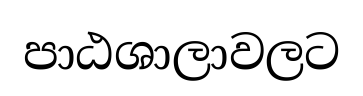
පාඨශාලාවලට